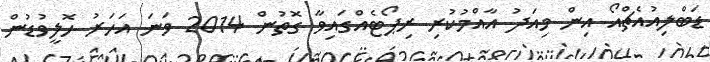
ޑަބްލިއުއެޗްއޯ އިން މިއަދު އާއްމުކުރި ރިޕޯޓެއްގައިވާ ގޮތުން 2014 ވަނަ އަހަރު ހޮލީވުޑުން